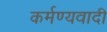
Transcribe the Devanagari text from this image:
कर्मण्यवादी